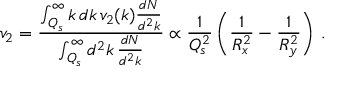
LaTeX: v _ { 2 } = { \frac { \int _ { Q _ { s } } ^ { \infty } k \, d k \, v _ { 2 } ( k ) \frac { d N } { d ^ { 2 } k } } { \int _ { Q _ { s } } ^ { \infty } d ^ { 2 } k \, \frac { d N } { d ^ { 2 } k } } } \propto \frac { 1 } { Q _ { s } ^ { 2 } } \left( \frac { 1 } { R _ { x } ^ { 2 } } - \frac { 1 } { R _ { y } ^ { 2 } } \right) \, .